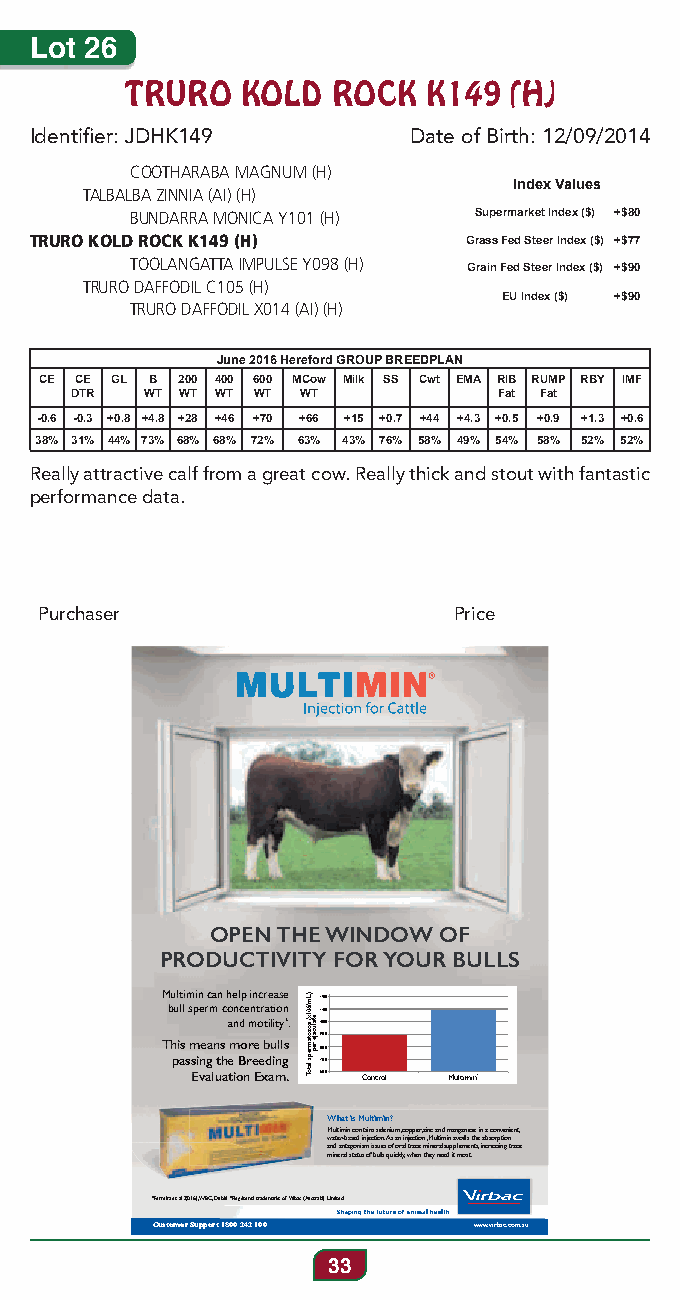
Lot 26
 TRURO   KOLD  ROCK  K149  (H)
 Identifier: JDHK149      Date of Birth: 12/09/2014
 COOTHARABA MAGNUM (H)
 Index Values
 TALBALBA ZINNIA (AI) (H)
 BUNDARRA MONICA Y101 (H) Supermarket Index ($) +$80
 TRURO KOLD ROCK K149 (H)     Grass Fed Steer Index ($) +$77
 TOOLANGATTA IMPULSE Y098 (H) Grain Fed Steer Index ($) +$90
 TRURO DAFFODIL C105 (H)
 EU Index ($) +$90
 TRURO DAFFODIL X014 (AI) (H)
 June 2016 Hereford GROUP BREEDPLAN
 CE CE GL B 200 400 600 MCow Milk SS Cwt EMA RIB RUMP RBY IMF
 DTR  WT WT WT WT WT         Fat Fat
 -0.6 -0.3 +0.8 +4.8 +28 +46 +70 +66 +15 +0.7 +44 +4.3 +0.5 +0.9 +1.3 +0.6
 38% 31% 44% 73% 68% 68% 72% 63% 43% 76% 58% 49% 54% 58% 52% 52%
 Really attractive calf from a great cow. Really thick and stout with fantastic
 performance data.
 Purchaser                  Price
 OPEN THE WINDOW OF
 PRODUCTIVITY FOR YOUR BULLS
 MMuuullttiimmiinn can help inccrreeaassee 1200
 bbull sperm concentration 1100
 and motility*. 1000
 900
 TTThhhiiisss mmmeeeaaannnsss mmmooorreebbbuuullllss 800
 passing the Breeding 700
 EEvalluattiioon EExxaamm. 600 Control Multimin*
 What is Multimin?
 MMuullttiimmiinn ccoonnttaaiins selenium, copper, zinc and manganese in a convenient,
 wwaatteerr-baasseedd iinnjjeeccttiioon. As aninjection, Multimin avoids the absorption
 and antagonniissmisssuues of oral trace mineral supplements, increasing trace
 mineralstatusoff bbuullls quickly, when theyneed it most.
 *Ferreira et al (2016), WBC, Dublin ®Registered trademarks of Virbac (Australia) Limited
 Customer Support 1800 242 100 www.virbac.com.au
 33
 )Lm/601ex(t
 aaluoczaojtea
 mrerpeps
 latoT